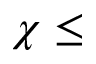
\chi \leq